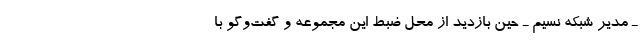
ـ مدیر شبکه نسیم ـ حین بازدید از محل ضبط این مجموعه و گفت‌وگو با